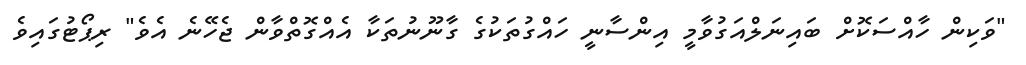
"ވަކިން ހާއްސަކޮށް ބައިނަލްއަގުވާމީ އިންސާނީ ހައްގުތަކުގެ ގާނޫނުތަކާ އެއްގޮތްވާން ޖެހޭނެ އެވެ" ރިޕޯޓުގައިވެ